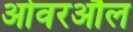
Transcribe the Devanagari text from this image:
ओवरऔल